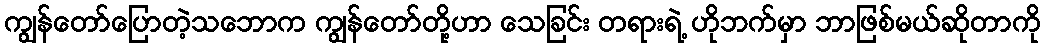
ကျွန်တော်ပြောတဲ့သဘောက ကျွန်တော်တို့ဟာ သေခြင်း တရားရဲ့ ဟိုဘက်မှာ ဘာဖြစ်မယ်ဆိုတာကို